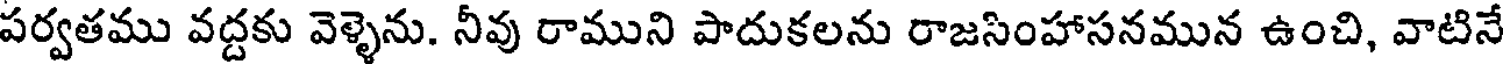
పర్వతము వద్దకు వెళ్ళెను. నీవు రాముని పాదుకలను రాజసింహాసనమున ఉంచి, వాటినే